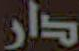
دار